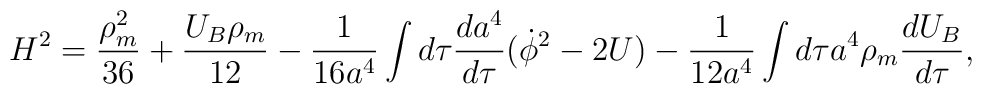
H^2= \frac{\rho_m^2}{36}+\frac{U_B\rho_m}{12}-\frac{1}{16a^4}\int d\tau\frac{da^4}{d\tau}(\dot\phi^2-2U)-\frac{1}{12a^4}\int d\tau a^4\rho_m \frac{dU_B}{d\tau},